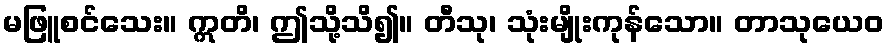
မဖြူစင်သေး။ ဣတိ၊ ဤသို့သိ၍။ တီသု၊ သုံးမျိုးကုန်သော။ တာသုယေဝ